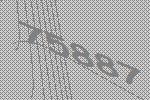
75887